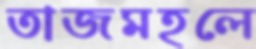
তাজমহলে